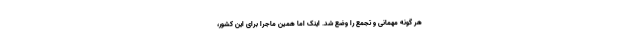
هر گونه مهمانی و تجمع را وضع شد. اینک اما همین ماجرا برای این کشور،